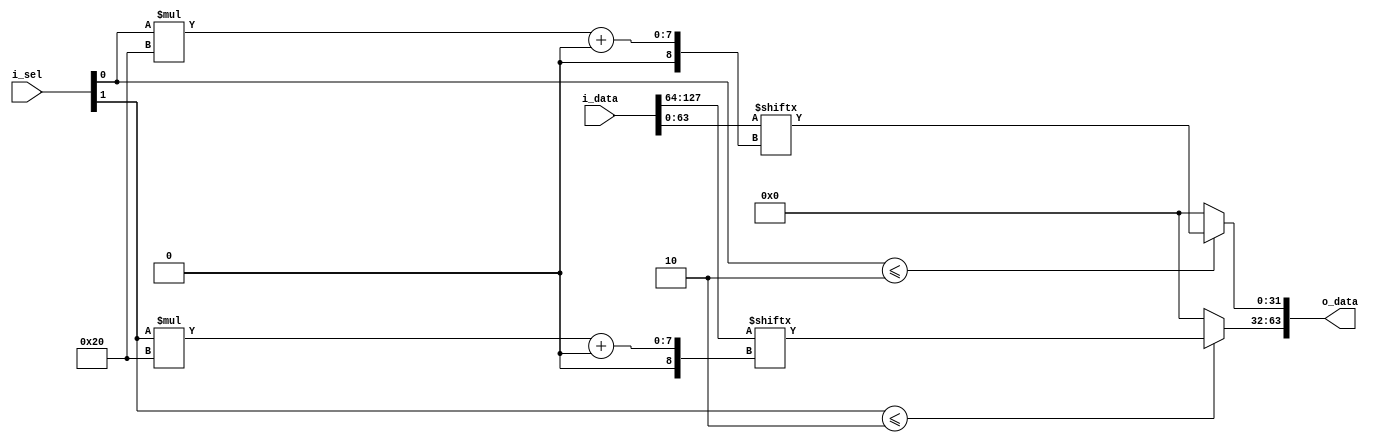
/////////////////////////////////////////////////////////////////////////

// Design: reduction_mux.v

// Description: Simple select mux before each adder

/////////////////////////////////////////////////////////////////////////


module reduction_mux # (
	parameter W = 32, 
	parameter NUM_IN = 4, // has to be >= 2 and divisible by 2
	parameter SEL_IN = 2, // has to be divisible by 2
	parameter NUM_OUT = 2) ( // NUM_OUT must be 2
	i_data,
	i_sel,
	o_data
);

	parameter SEL_IN_LEFT_END = SEL_IN/2 -1;
	parameter SEL_IN_RIGHT_START = SEL_IN/2;

	input [(NUM_IN * W)-1:0] i_data; // input data to select	
	input [SEL_IN-1:0] i_sel; // select bits
	
	output reg [(NUM_OUT * W)-1:0] o_data; // output data
	
	
	wire [(NUM_IN/2 * W )-1:0] w_data_left;
	wire [(NUM_IN/2 * W )-1:0] w_data_right;
	
	wire [SEL_IN/2 -1:0] w_sel_in_left;
	wire [SEL_IN/2 -1:0] w_sel_in_right;
	
	
	assign w_data_left = i_data[NUM_IN/2 * W -1:0];
	assign w_data_right = i_data[NUM_IN * W - 1: NUM_IN/2 * W];
	
	assign w_sel_in_left = i_sel[SEL_IN_LEFT_END:0];
	assign w_sel_in_right = i_sel[SEL_IN-1:SEL_IN_RIGHT_START];
	
	// left mux select
	always @ (*) begin
		if (w_sel_in_left <= NUM_IN/2) begin
			o_data[0*W+:W] <= w_data_left[w_sel_in_left*W +: W];
		end else begin
			o_data[0*W+:W] <= 'b0;
		end
	end
	
	
	// right mux select
	always @ (*) begin
		if (w_sel_in_right <= NUM_IN/2) begin
			o_data[1*W+:W] <= w_data_right[w_sel_in_right*W +: W];
		end else begin
			o_data[1*W+:W] <= 'b0;
		end
	end
	
	
endmodule